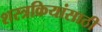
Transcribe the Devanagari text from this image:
शस्त्रक्रियांसाठी